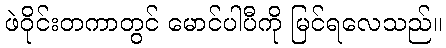
ဖဲဝိုင်းတကာတွင် မောင်ပါပီကို မြင်ရလေသည်။